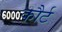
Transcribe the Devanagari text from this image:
कौर्ट